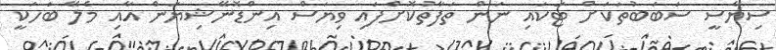
ސިޔާސީ ސަބަބުތަކަށް ޓަކައި ނަން ތަފާތުކޮށްފައި ވިޔަސް އިންޑޮނޭޝިޔަން އާއި މެލޭ ބަހަކީ